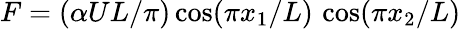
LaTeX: F=(\alpha UL/\pi)\cos(\pi x_{1}/L)\, \cos(\pi x_{2}/L)